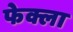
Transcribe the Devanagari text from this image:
फेक्ला